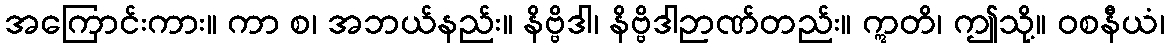
အကြောင်းကား။ ကာ စ၊ အဘယ်နည်း။ နိဗ္ဗိဒါ၊ နိဗ္ဗိဒါဉာဏ်တည်း။ ဣတိ၊ ဤသို့။ ဝစနီယံ၊